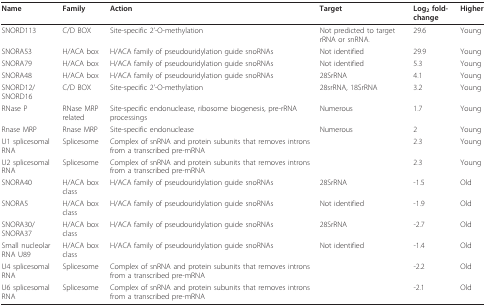
| Name | Family | Action | Target | Log2 fold-change | Higher |
 | --- | --- | --- | --- | --- | --- |
 | SNORD113 | C/D BOX | Site-specific 2'-O-methylation | Not predicted to target rRNA or snRNA. | 29.6 | Young |
 | SNORA53 | H/ACA box | H/ACA family of pseudouridylation guide snoRNAs | Not identified | 29.9 | Young |
 | SNORA79 | H/ACA box | H/ACA family of pseudouridylation guide snoRNAs | Not identified | 5.3 | Young |
 | SNORA48 | H/ACA box | H/ACA family of pseudouridylation guide snoRNAs | 28SrRNA | 4.1 | Young |
 | SNORD12/SNORD16 | C/D BOX | Site-specific 2'-O-methylation | 28srRNA, 18SrRNA | 3.2 | Young |
 | RNase P | RNase MRP related | Site-specific endonuclease, ribosome biogenesis, pre-rRNA processings | Numerous | 1.7 | Young |
 | Rnase MRP | Rnase MRP | Site-specific endonuclease | Numerous | 2 | Young |
 | U1 splicesomal RNA | Splicesome | Complex of snRNA and protein subunits that removes introns from a transcribed pre-mRNA |  | 2.3 | Young |
 | U2 splicesomal RNA | Splicesome | Complex of snRNA and protein subunits that removes introns from a transcribed pre-mRNA |  | 2.3 | Young |
 | SNORA40 | H/ACA box class | H/ACA family of pseudouridylation guide snoRNAs | 28SrRNA | -1.5 | Old |
 | SNORA5 | H/ACA box class | H/ACA family of pseudouridylation guide snoRNAs | Not identified | -1.9 | Old |
 | SNORA30/SNORA37 | H/ACA box class | H/ACA family of pseudouridylation guide snoRNAs | 28SrRNA | -2.7 | Old |
 | Small nucleolar RNA U89 | H/ACA box class | H/ACA family of pseudouridylation guide snoRNAs | Not identified | -1.4 | Old |
 | U4 splicesomal RNA | Splicesome | Complex of snRNA and protein subunits that removes introns from a transcribed pre-mRNA |  | -2.2 | Old |
 | U6 splicesomal RNA | Splicesome | Complex of snRNA and protein subunits that removes introns from a transcribed pre-mRNA |  | -2.1 | Old |